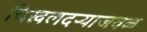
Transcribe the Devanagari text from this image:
चिखलदऱ्याजवळ